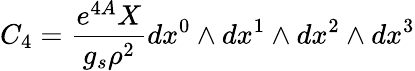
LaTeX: C_{4}=\frac{e^{4A}X}{g_{s}\rho^{2}}dx^{0}\wedge dx^{1}\wedge dx^{2}\wedge dx^{3}